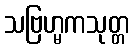
သဗြဟ္မကသုတ္တ